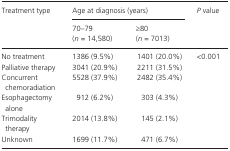
| <ROWSPAN=2> Treatment type | <COLSPAN=2> Age at diagnosis (years) | <ROWSPAN=2> P value |
 | 70–79 (n = 14,580) | ≥80 (n = 7013) |
 | --- | --- | --- | --- |
 | No treatment | 1386 (9.5%) | 1401 (20.0%) | <ROWSPAN=6> <0.001 |
 | Palliative therapy | 3041 (20.9%) | 2211 (31.5%) |
 | Concurrent chemoradiation | 5528 (37.9%) | 2482 (35.4%) |
 | Esophagectomy alone | 912 (6.2%) | 303 (4.3%) |
 | Trimodality therapy | 2014 (13.8%) | 145 (2.1%) |
 | Unknown | 1699 (11.7%) | 471 (6.7%) |